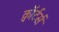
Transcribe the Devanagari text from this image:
क्वॉर्टर्स